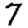
Digit: 7